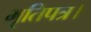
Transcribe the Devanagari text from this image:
भृतिपत्र।